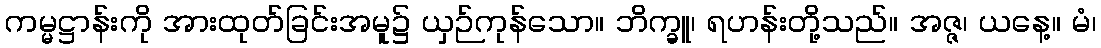
ကမ္မဋ္ဌာန်းကို အားထုတ်ခြင်းအမူ၌ ယှဉ်ကုန်သော။ ဘိက္ခူ၊ ရဟန်းတို့သည်။ အဇ္ဇ၊ ယနေ့။ မံ၊